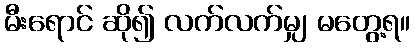
မီးရောင် ဆို၍ လက်လက်မျှ မတွေ့ရ။